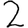
Digit: 2